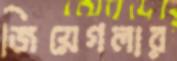
জিয়েগলার